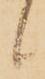
候